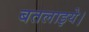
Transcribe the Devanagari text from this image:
बतलाइये।